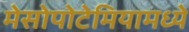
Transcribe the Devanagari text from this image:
मेसोपोटेमियामध्ये